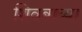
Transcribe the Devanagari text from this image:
शिवबाच्‍या